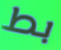
بط